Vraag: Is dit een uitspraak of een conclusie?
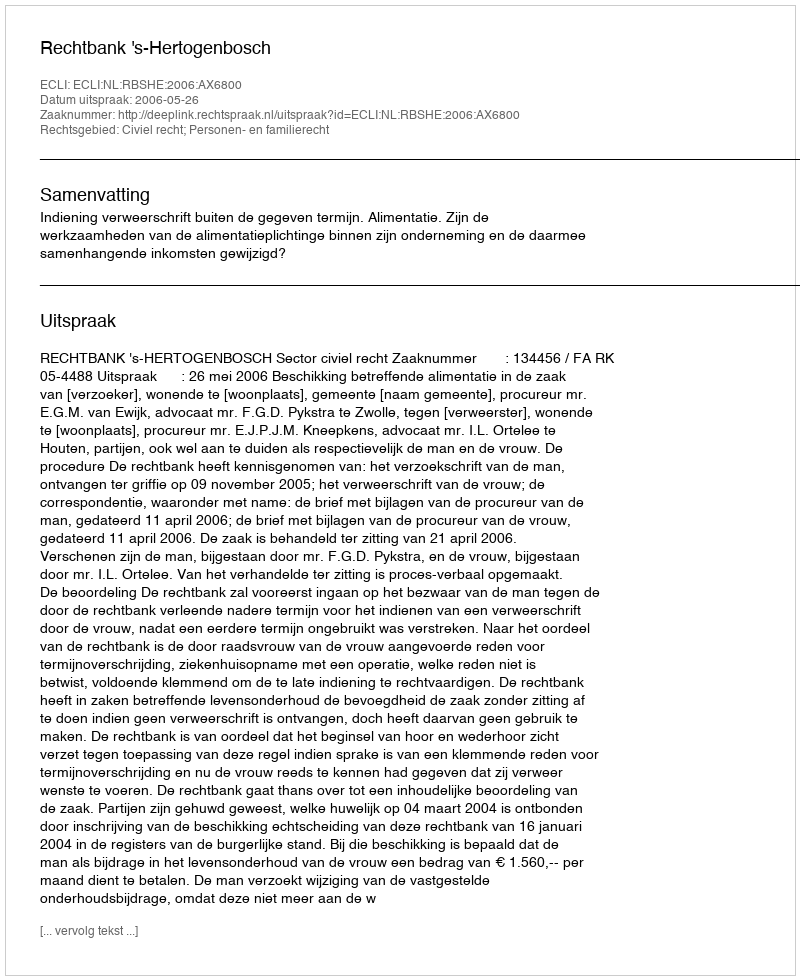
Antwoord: Uitspraak